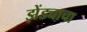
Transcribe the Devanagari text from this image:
झेंड्याचा